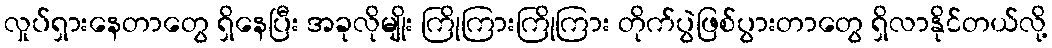
လှုပ်ရှားနေတာတွေ ရှိနေပြီး အခုလိုမျိုး ကြိုကြားကြိုကြား တိုက်ပွဲဖြစ်ပွားတာတွေ ရှိလာနိုင်တယ်လို့